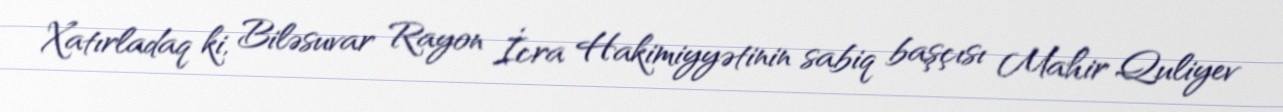
Xatırladaq ki, Biləsuvar Rayon İcra Hakimiyyətinin sabiq başçısı Mahir Quliyev